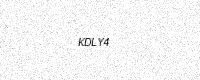
Text: KDLY4